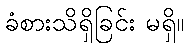
ခံစားသိရှိခြင်း မရှိ။